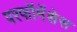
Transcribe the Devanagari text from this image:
परफॉमेंशेस